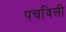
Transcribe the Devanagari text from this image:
पचविली